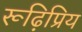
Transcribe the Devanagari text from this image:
रूढ़िप्रिय